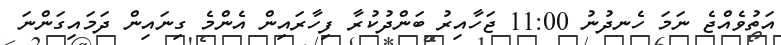
އަތުވެއްޖެ ނަމަ ހެނދުނު 11:00 ޖަހާއިރު ބަންދުކުރާ ފިހާރައިން އެންމެ ގިނައިން ދަމައިގަންނަ